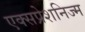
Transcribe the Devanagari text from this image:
एक्सप्रेशनिज्म